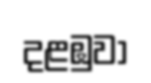
දළඹුවා